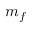
m _ { f }